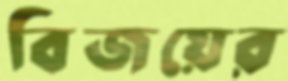
বিজয়ের